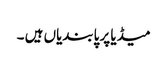
میڈیا پر پابندیاں ہیں ۔